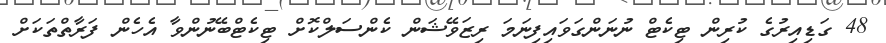
48 ގަޑިއިރުގެ ކުރިން ޓިކެޓް ނުނަންގަވައިފިނަމަ ރިޒަވޭޝަން ކެންސަލްކޮށް ޓިކެޓްބޭނުންވާ އެހެން ފަރާތްތަކަށް